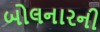
બોલનારની